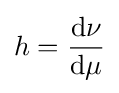
h={\frac {\mathrm {d} \nu }{\mathrm {d} \mu }}